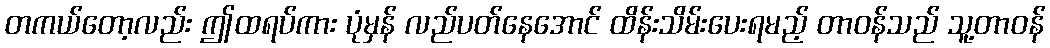
တကယ်တော့လည်း ဤထရပ်ကား ပုံမှန် လည်ပတ်နေအောင် ထိန်းသိမ်းပေးရမည့် တာဝန်သည် သူ့တာဝန်